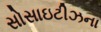
સોસાઇટીઝના